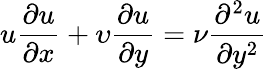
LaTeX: u{\frac{\partial u}{\partial x}}+\upsilon{\frac{\partial u}{\partial y}}={\nu}{\frac{\partial^{2}u}{\partial y^{2}}}